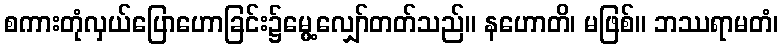
စကားတုံလှယ်ပြောဟောခြင်း၌မွေ့လျှော်တတ်သည်။ နဟောတိ၊ မဖြစ်။ ဘဿရာမတံ၊